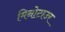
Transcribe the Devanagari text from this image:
मिनोटाउर